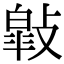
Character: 𢿎